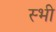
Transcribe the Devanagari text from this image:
स्भी